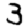
Digit: 3